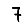
Digit: 7